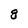
Character: 8